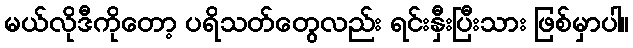
မယ်လိုဒီကိုတော့ ပရိသတ်တွေလည်း ရင်းနှီးပြီးသား ဖြစ်မှာပါ။